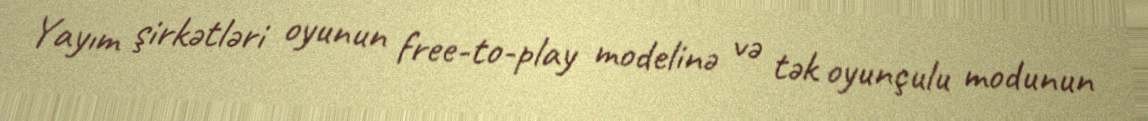
Yayım şirkətləri oyunun free-to-play modelinə və tək oyunçulu modunun